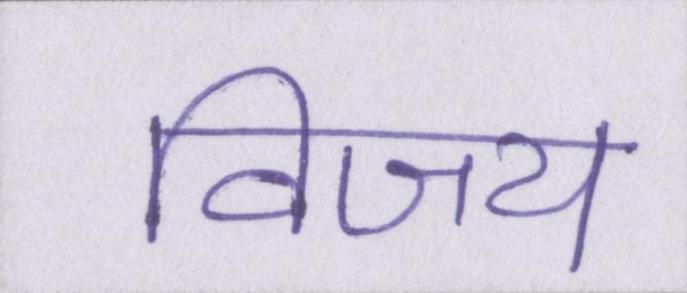
विजय